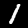
Label: 1